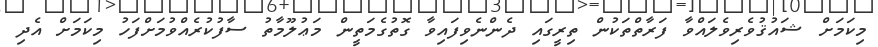
މިކަމަށް ޝައުޤުވެރިވެލައްވާ ފަރާތްތަކުން ތިރީގައި ދެންނެވިފައިވާ ގޮތުގެމަތީން މަޢުލޫމާތު ސާފުކުރެއްވުމަށްފަހު މިކަމަށް އެދި